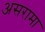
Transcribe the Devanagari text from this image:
असरामा